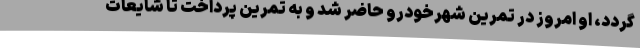
‌گردد، او امروز در تمرین شهرخودرو حاضر شد و به تمرین پرداخت تا شایعات